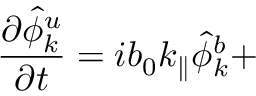
{ \frac { \partial \hat { \phi } _ { k } ^ { u } } { \partial t } } = i b _ { 0 } k _ { \parallel } \hat { \phi } _ { k } ^ { b } +